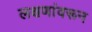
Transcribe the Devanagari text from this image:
लक्षणांवरून